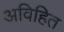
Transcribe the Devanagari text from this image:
अविहित